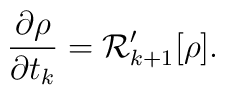
{\partial \rho\over\partial t_k}={\cal R}^\prime_{k+1}[\rho].